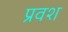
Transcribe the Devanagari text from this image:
प्रवश